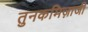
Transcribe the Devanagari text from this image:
तुनकमिज़ाजी